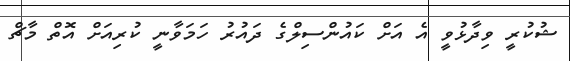
ޝުކުރީ ވިދާޅުވީ އެ އަށް ކައުންސިލްގެ ދައުރު ހަމަވާނީ ކުރިއަށް އޮތް މާޗް